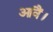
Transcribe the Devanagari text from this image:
आवैं।